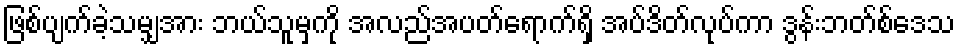
ဖြစ်ပျက်ခဲ့သမျှအား ဘယ်သူမှကို အလည်အပတ်ရောက်ရှိ အပ်ဒိတ်လုပ်ကာ ဒွန်းဘတ်စ်ဒေသ